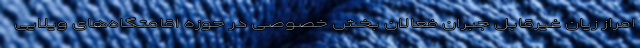
امراز زیان غیرقابل جبران فعالان بخش خصوصی در حوزه اقامتگاه‌های ویلایی